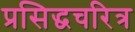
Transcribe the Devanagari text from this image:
प्रसिद्धचरित्र